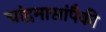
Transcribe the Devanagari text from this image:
चांद्रमासांपैकी